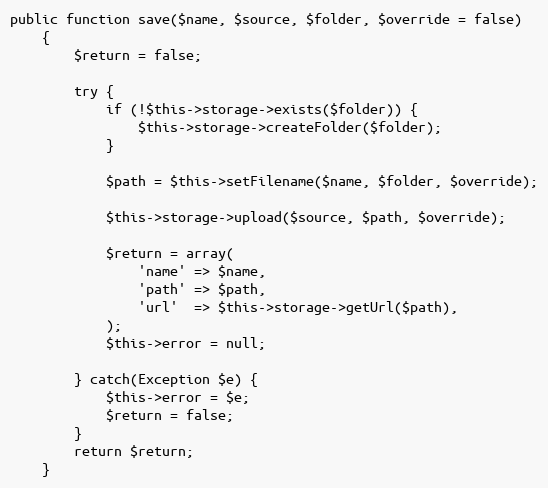
Language: PHP
public function save($name, $source, $folder, $override = false)
    {
        $return = false;

        try {
            if (!$this->storage->exists($folder)) {
                $this->storage->createFolder($folder);
            }

            $path = $this->setFilename($name, $folder, $override);

            $this->storage->upload($source, $path, $override);

            $return = array(
                'name' => $name,
                'path' => $path,
                'url'  => $this->storage->getUrl($path),
            );
            $this->error = null;

        } catch(Exception $e) {
            $this->error = $e;
            $return = false;
        }
        return $return;
    }